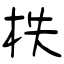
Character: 柣